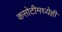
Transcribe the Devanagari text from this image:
कसोटीमध्येही